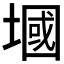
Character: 𪤑